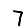
Digit: 7